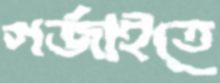
গর্জাইতে